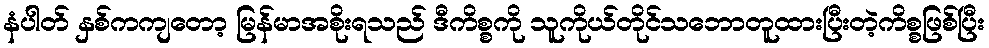
နံပါတ် နှစ်ကကျတော့ မြန်မာအစိုးရသည် ဒီကိစ္စကို သူကိုယ်တိုင်သဘောတူထားပြီးတဲ့ကိစ္စဖြစ်ပြီး